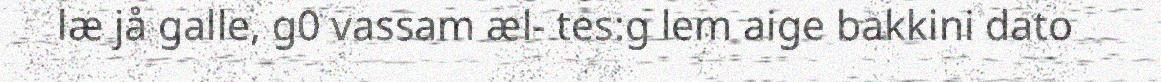
læ jå galle, g0 vassam æl- tes:g lem aige bakkini dato